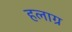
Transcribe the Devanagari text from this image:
हलाग्र